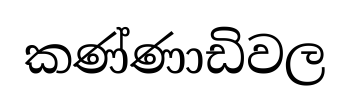
කණ්ණාඩිවල